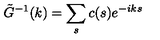
\tilde { G } ^ { - 1 } ( k ) = \sum _ { s } c ( s ) e ^ { - i k s }